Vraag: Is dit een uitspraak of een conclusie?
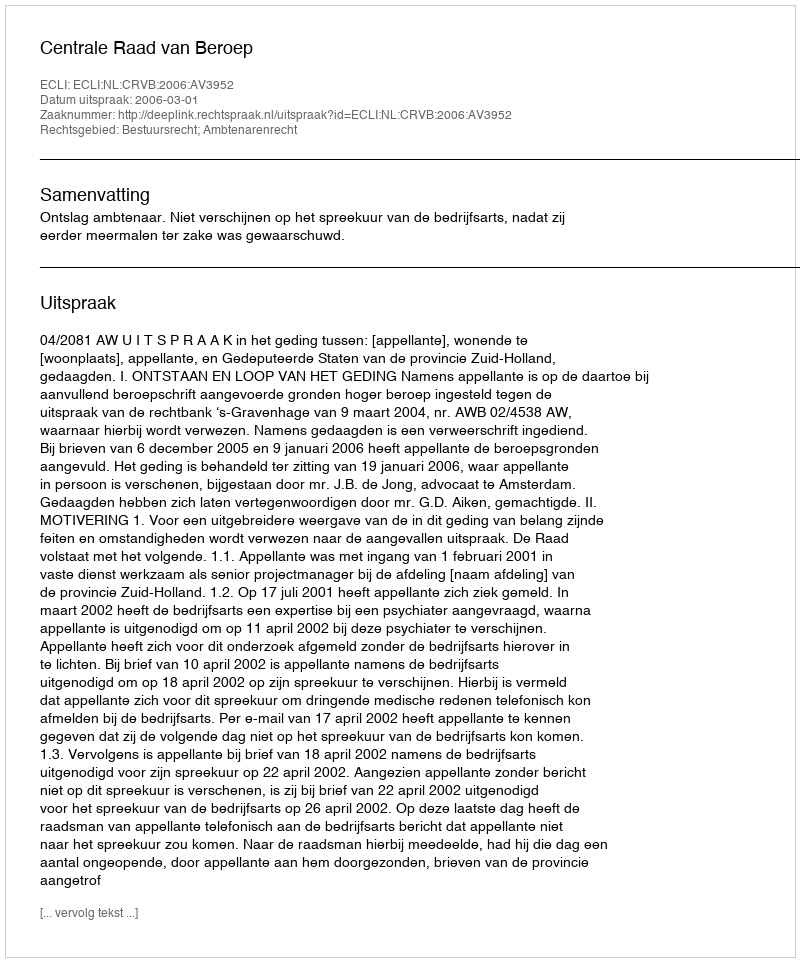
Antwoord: Uitspraak